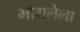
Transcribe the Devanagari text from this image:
भोगलेला